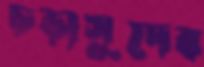
চড়াসুদের